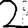
Digit: 2